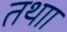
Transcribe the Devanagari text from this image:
तथाा